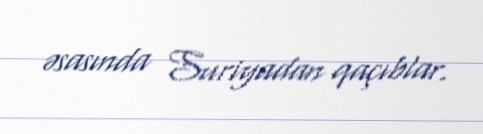
əsasında Suriyadan qaçıblar.